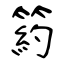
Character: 箹